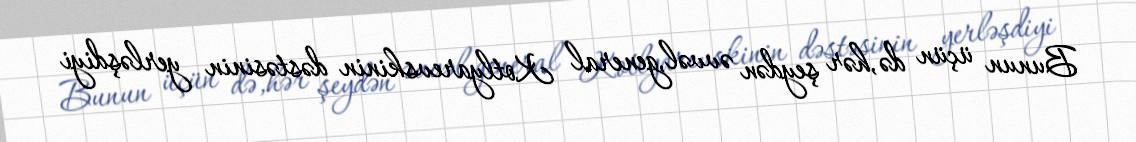
Bunun üçün də,hər şeydən əvvəl,general Kotlyarevskinin dəstəsinin yerləşdiyi